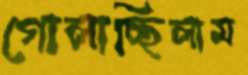
গোলাচ্ছিলাম